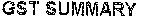
GST SUMMARY